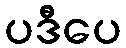
ပဒီပေ